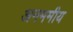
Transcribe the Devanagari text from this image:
अनममीय